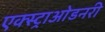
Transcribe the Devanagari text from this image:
एक्स्ट्राओडनरी